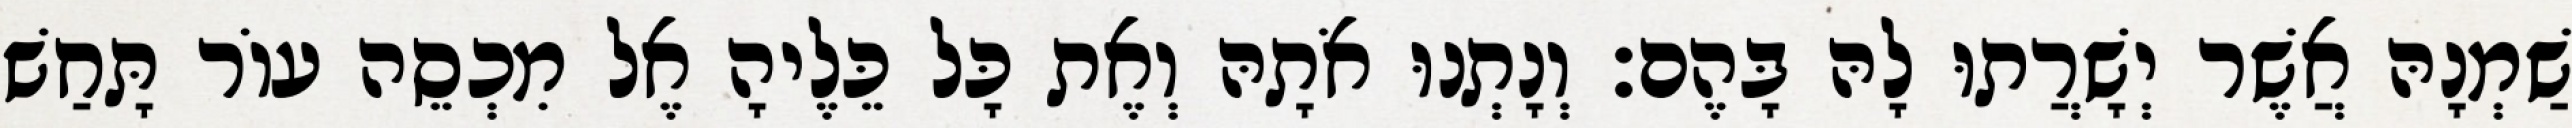
שַׁמְנָהּ אֲשֶׁר יְשָׁרֲתוּ לָהּ בָּהֶם׃ וְנָתְנוּ אֹתָהּ וְאֶת כָּל כֵּלֶיהָ אֶל מִכְסֵה עוֹר תָּחַשׁ